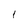
Character: l